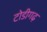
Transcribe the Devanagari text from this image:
टोडीगढ़